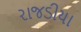
રાજડીયા